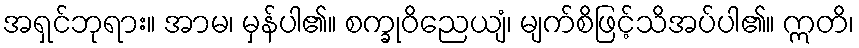
အရှင်ဘုရား။ အာမ၊ မှန်ပါ၏။ စက္ခုဝိညေယျံ၊ မျက်စိဖြင့်သိအပ်ပါ၏။ ဣတိ၊